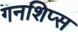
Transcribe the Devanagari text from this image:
गनशिप्स